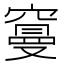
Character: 𥧭